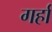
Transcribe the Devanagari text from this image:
गर्हा